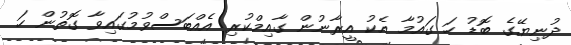
ދުނިޔޭގެ ބޮޑު ހަ ގައުމާ އެކު އީރާނުން ގާއިމްކުރި އެއްބަސްވުމުގައިވާ ގޮތުން ހަ